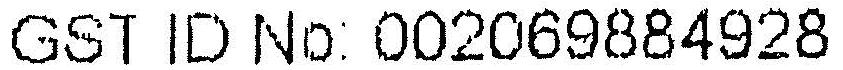
GST ID NO: 002069884928